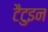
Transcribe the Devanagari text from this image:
टैटुइन